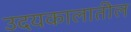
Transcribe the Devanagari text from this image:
उदयकालातील